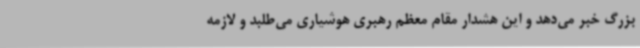
بزرگ خبر می‌دهد و این هشدار مقام معظم رهبری هوشیاری می‌طلبد و لازمه